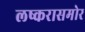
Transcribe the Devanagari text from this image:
लष्करासमोर